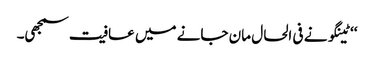
‘‘ ٹینگو نے فی الحال مان جانے میں عافیت سمجھی۔